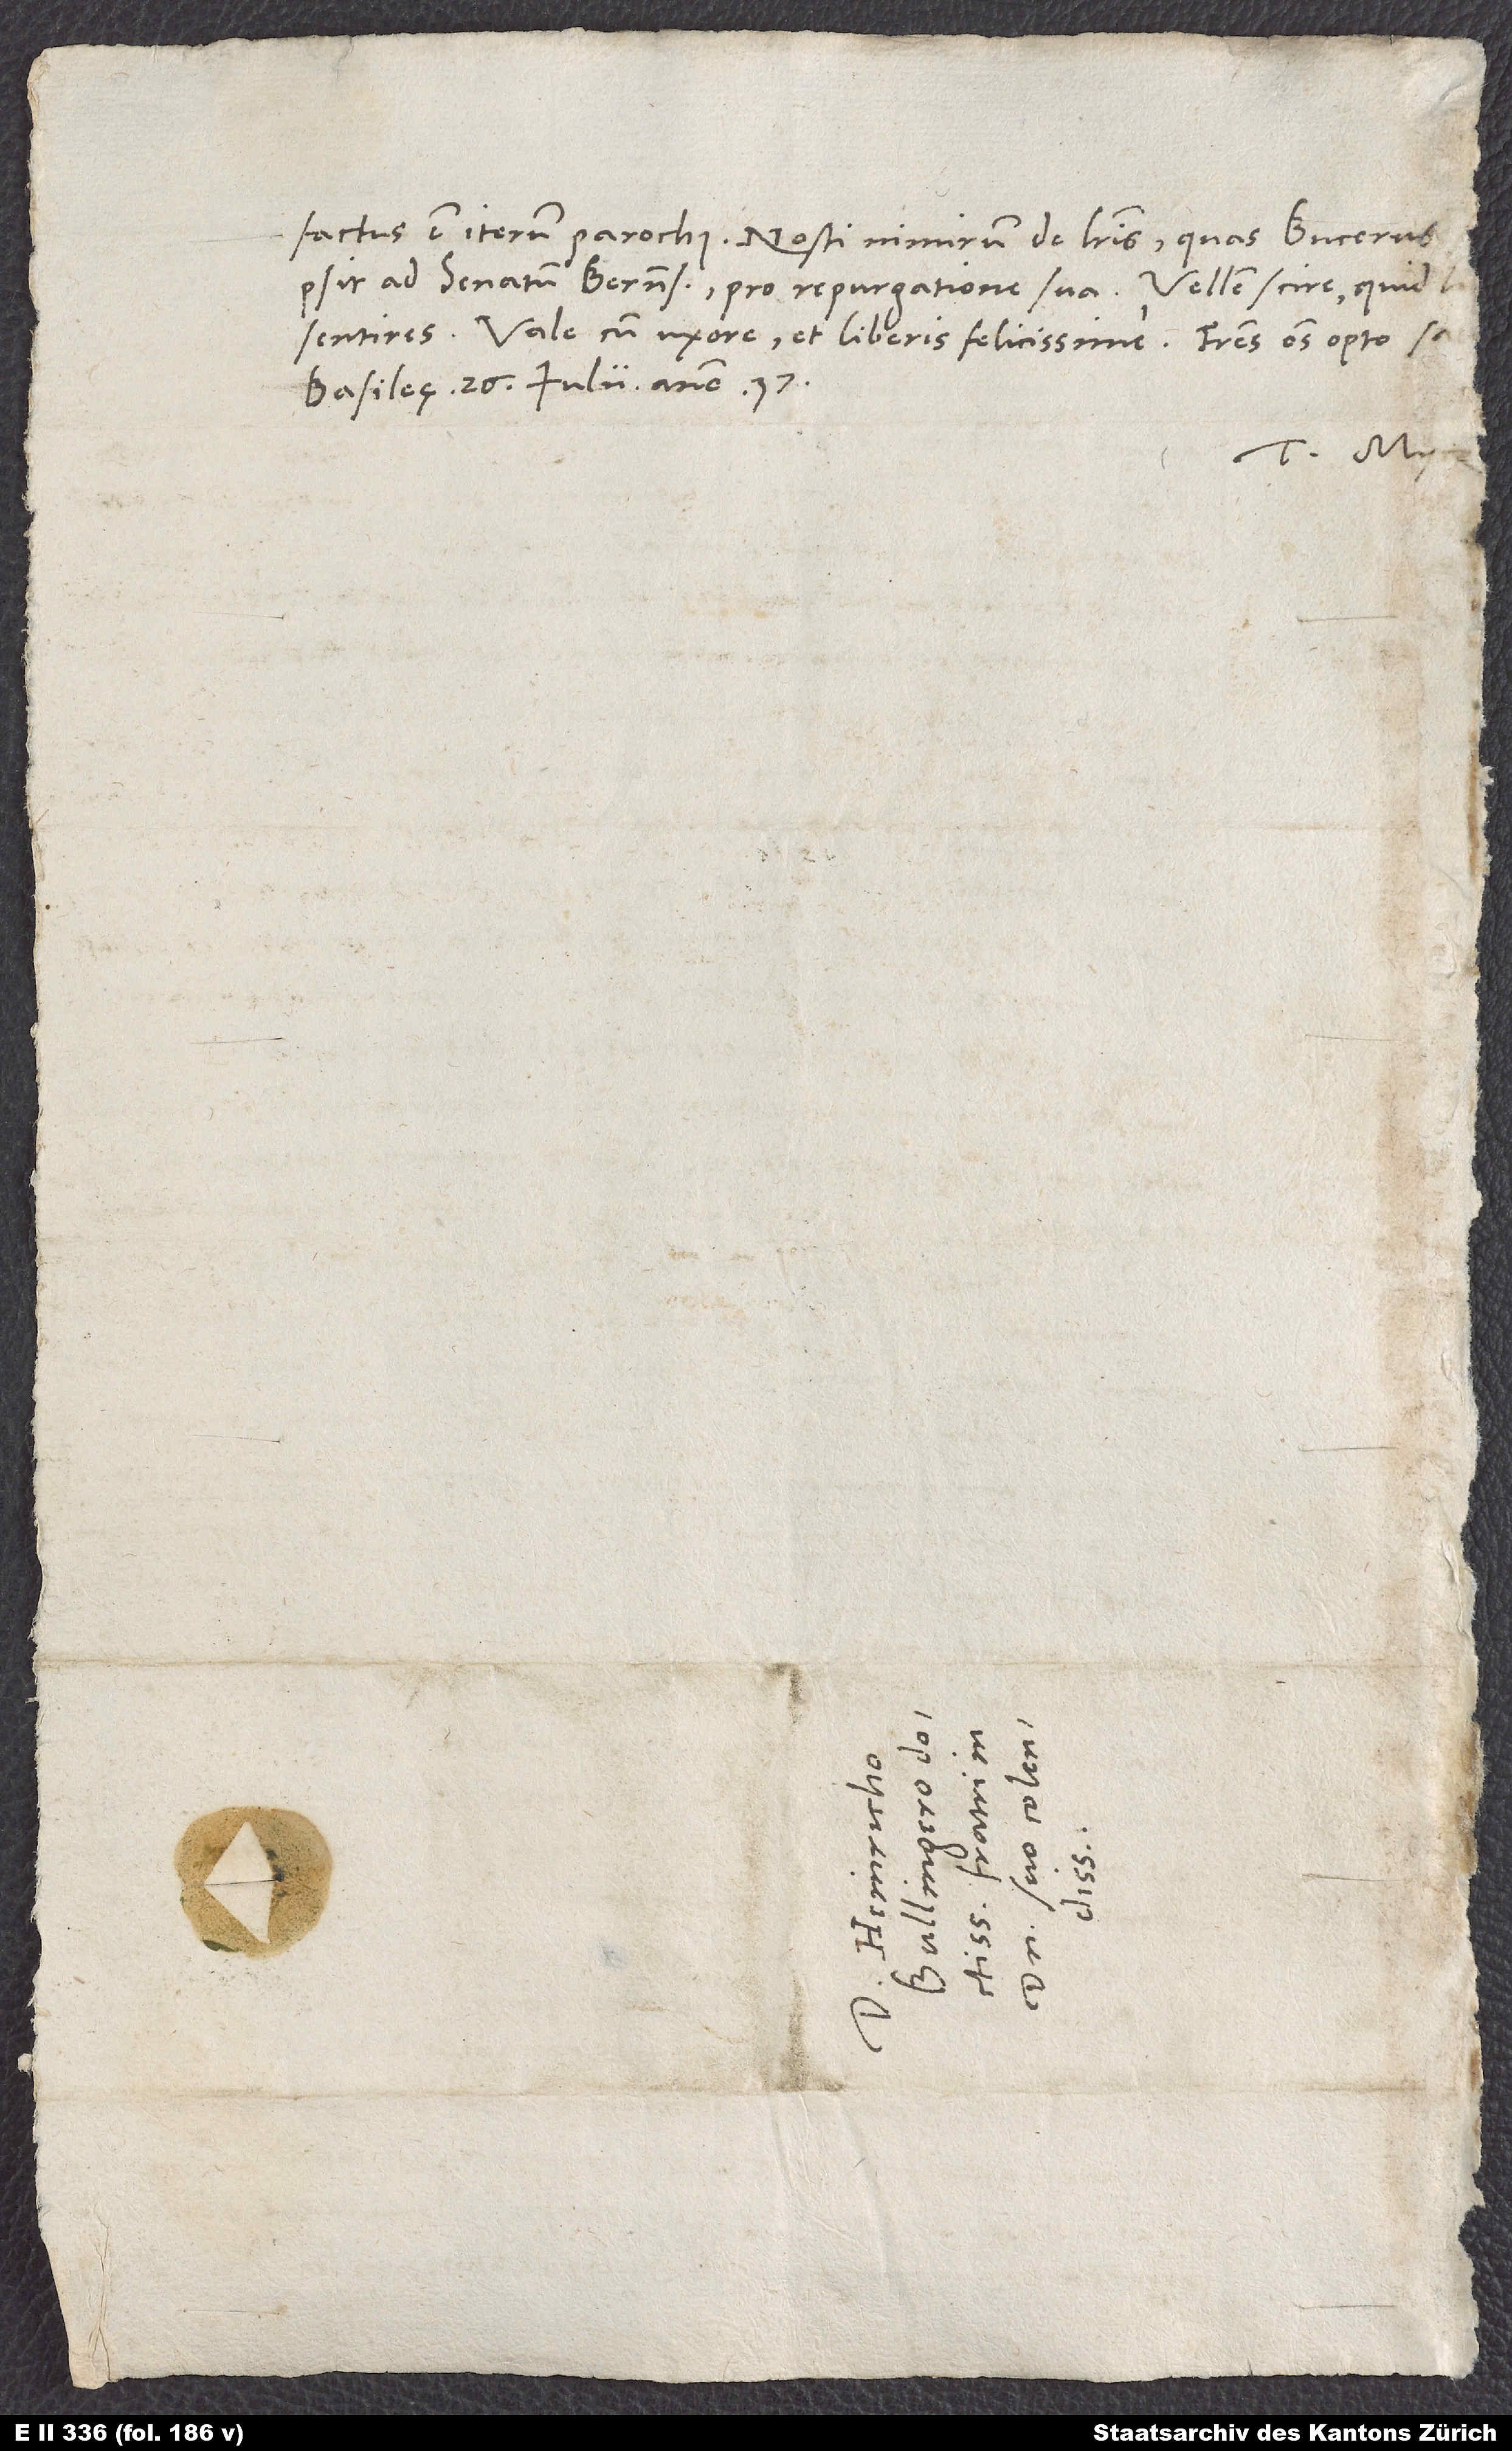
Vale cum uxore et liberis felicissime. Fratres omnes opto sal.
Basileę, 26. iulii anno 37.
S.